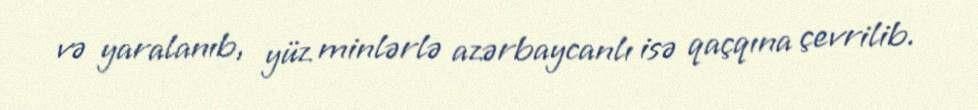
və yaralanıb, yüz minlərlə azərbaycanlı isə qaçqına çevrilib.